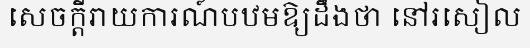
សេចក្តីរាយការណ៍បឋមឱ្យដឹងថា នៅរសៀល